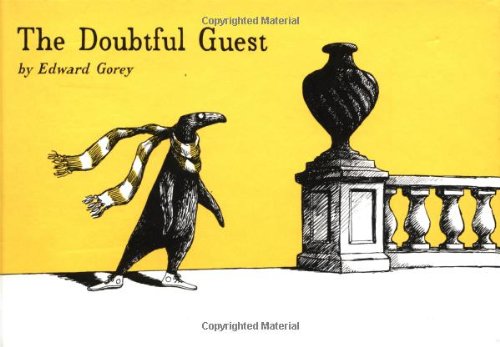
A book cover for The Doubtful Guest; Edward Gorey; Comics & Graphic Novels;